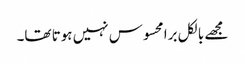
مجھے بالکل برا محسوس نہیں ہوتا تھا۔